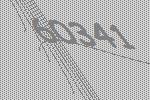
60341